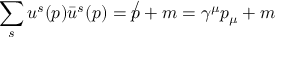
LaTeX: \sum _ { s } u ^ { s } ( p ) { \bar { u } } ^ { s } ( p ) = \not p + m = \gamma ^ { \mu } p _ { \mu } + m